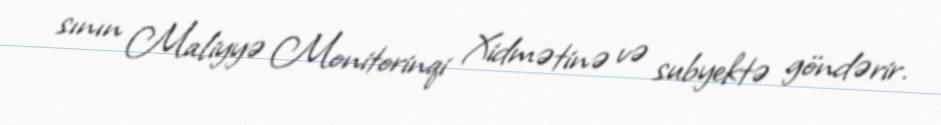
sının Maliyyə Monitorinqi Xidmətinə və subyektə göndərir.